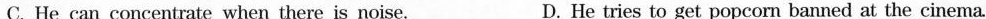
C. He can concentrate when there is noise. D. He tries to get popcorn banned at the cinema